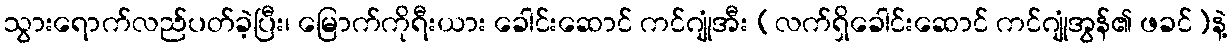
သွားရောက်လည်ပတ်ခဲ့ပြီး၊ မြောက်ကိုရီးယား ခေါင်းဆောင် ကင်ဂျုံအီး (လက်ရှိခေါင်းဆောင် ကင်ဂျုံအွန်၏ ဖခင်)နဲ့